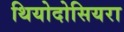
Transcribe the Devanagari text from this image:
थियोदोसियरा